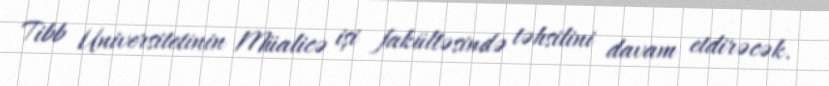
Tibb Universitetinin Müalicə işi fakültəsində təhsilini davam etdirəcək.